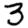
Digit: 3